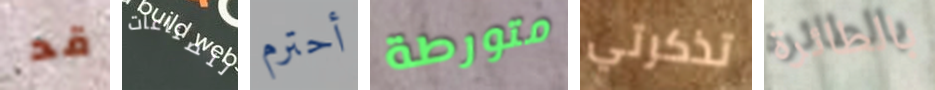
قد للصناعات أحترم متورطة تذكرتي بالطائرة